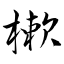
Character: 樕